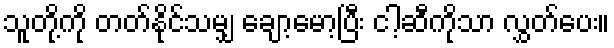
သူတို့ကို တတ်နိုင်သမျှ ချော့မော့ပြီး ငါ့ဆီကိုသာ လွှတ်ပေး။